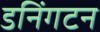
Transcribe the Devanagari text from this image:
डनिंगटन